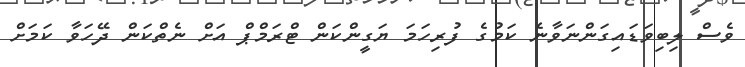
ވެސް ލިބިވަޑައިގަންނަވާނެ ކަމުގެ ފުރިހަމަ ޔަގީންކަން ޓްރަމްޕް އަށް ނެތްކަން ދޭހަވާ ކަމަށް